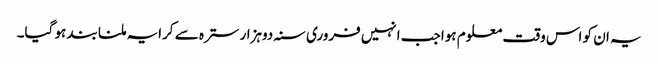
یہ ان کو اس وقت معلوم ہوا جب انہیں فروری سنہ دوہزار سترہ سے کرایہ ملنا بند ہو گیا۔